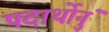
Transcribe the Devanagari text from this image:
पदार्थोनुं